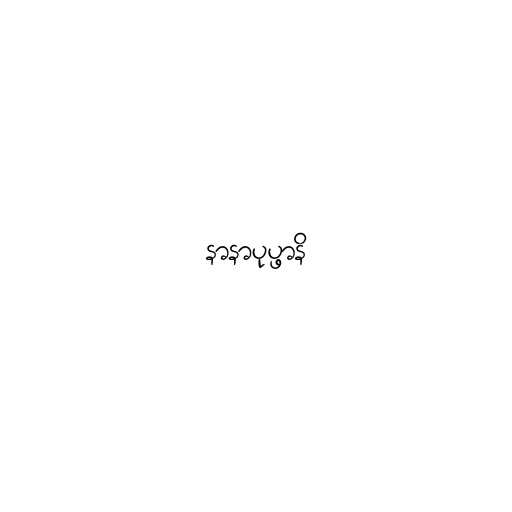
နာနာပုပ္ဖာနိ